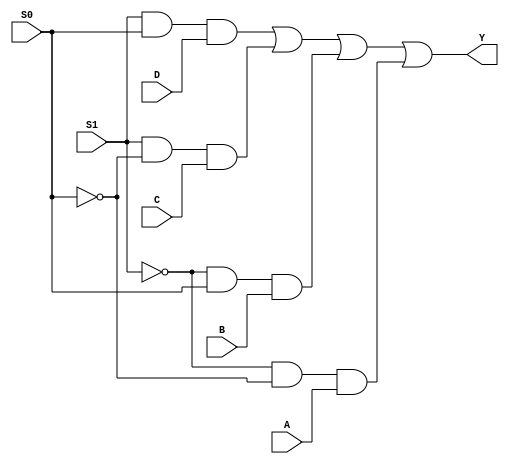
module mux4to1 (
    input wire A,
    input wire B,
    input wire C,
    input wire D,
    input wire S0,
    input wire S1,
    output wire Y
);

assign Y = (S1 & S0 & D) | (S1 & ~S0 & C) | (~S1 & S0 & B) | (~S1 & ~S0 & A);

endmodule